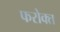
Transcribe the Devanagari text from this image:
फरोक्त